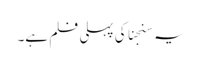
یہ سنجنا کی پہلی فلم ہے۔